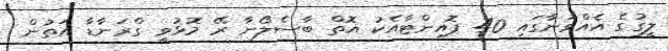
ލީގުގެ އެއްވަނާގައި 40 ޕޮއިންޓާއެކު އޮތް ބާސެލޯނާ ރޭ މޮޅުވީ ގްރަނާޑާ އަތުން